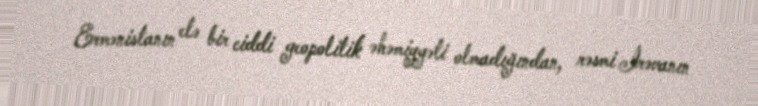
Ermənistanın elə bir ciddi geopolitik əhəmiyyəti olmadığından, rəsmi İrəvanın